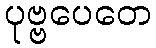
ပုဗ္ဗပေတေ